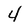
Character: 4